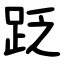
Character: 䟪